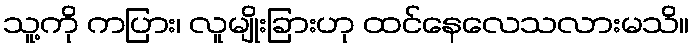
သူ့ကို ကပြား၊ လူမျိုးခြားဟု ထင်နေလေသလားမသိ။